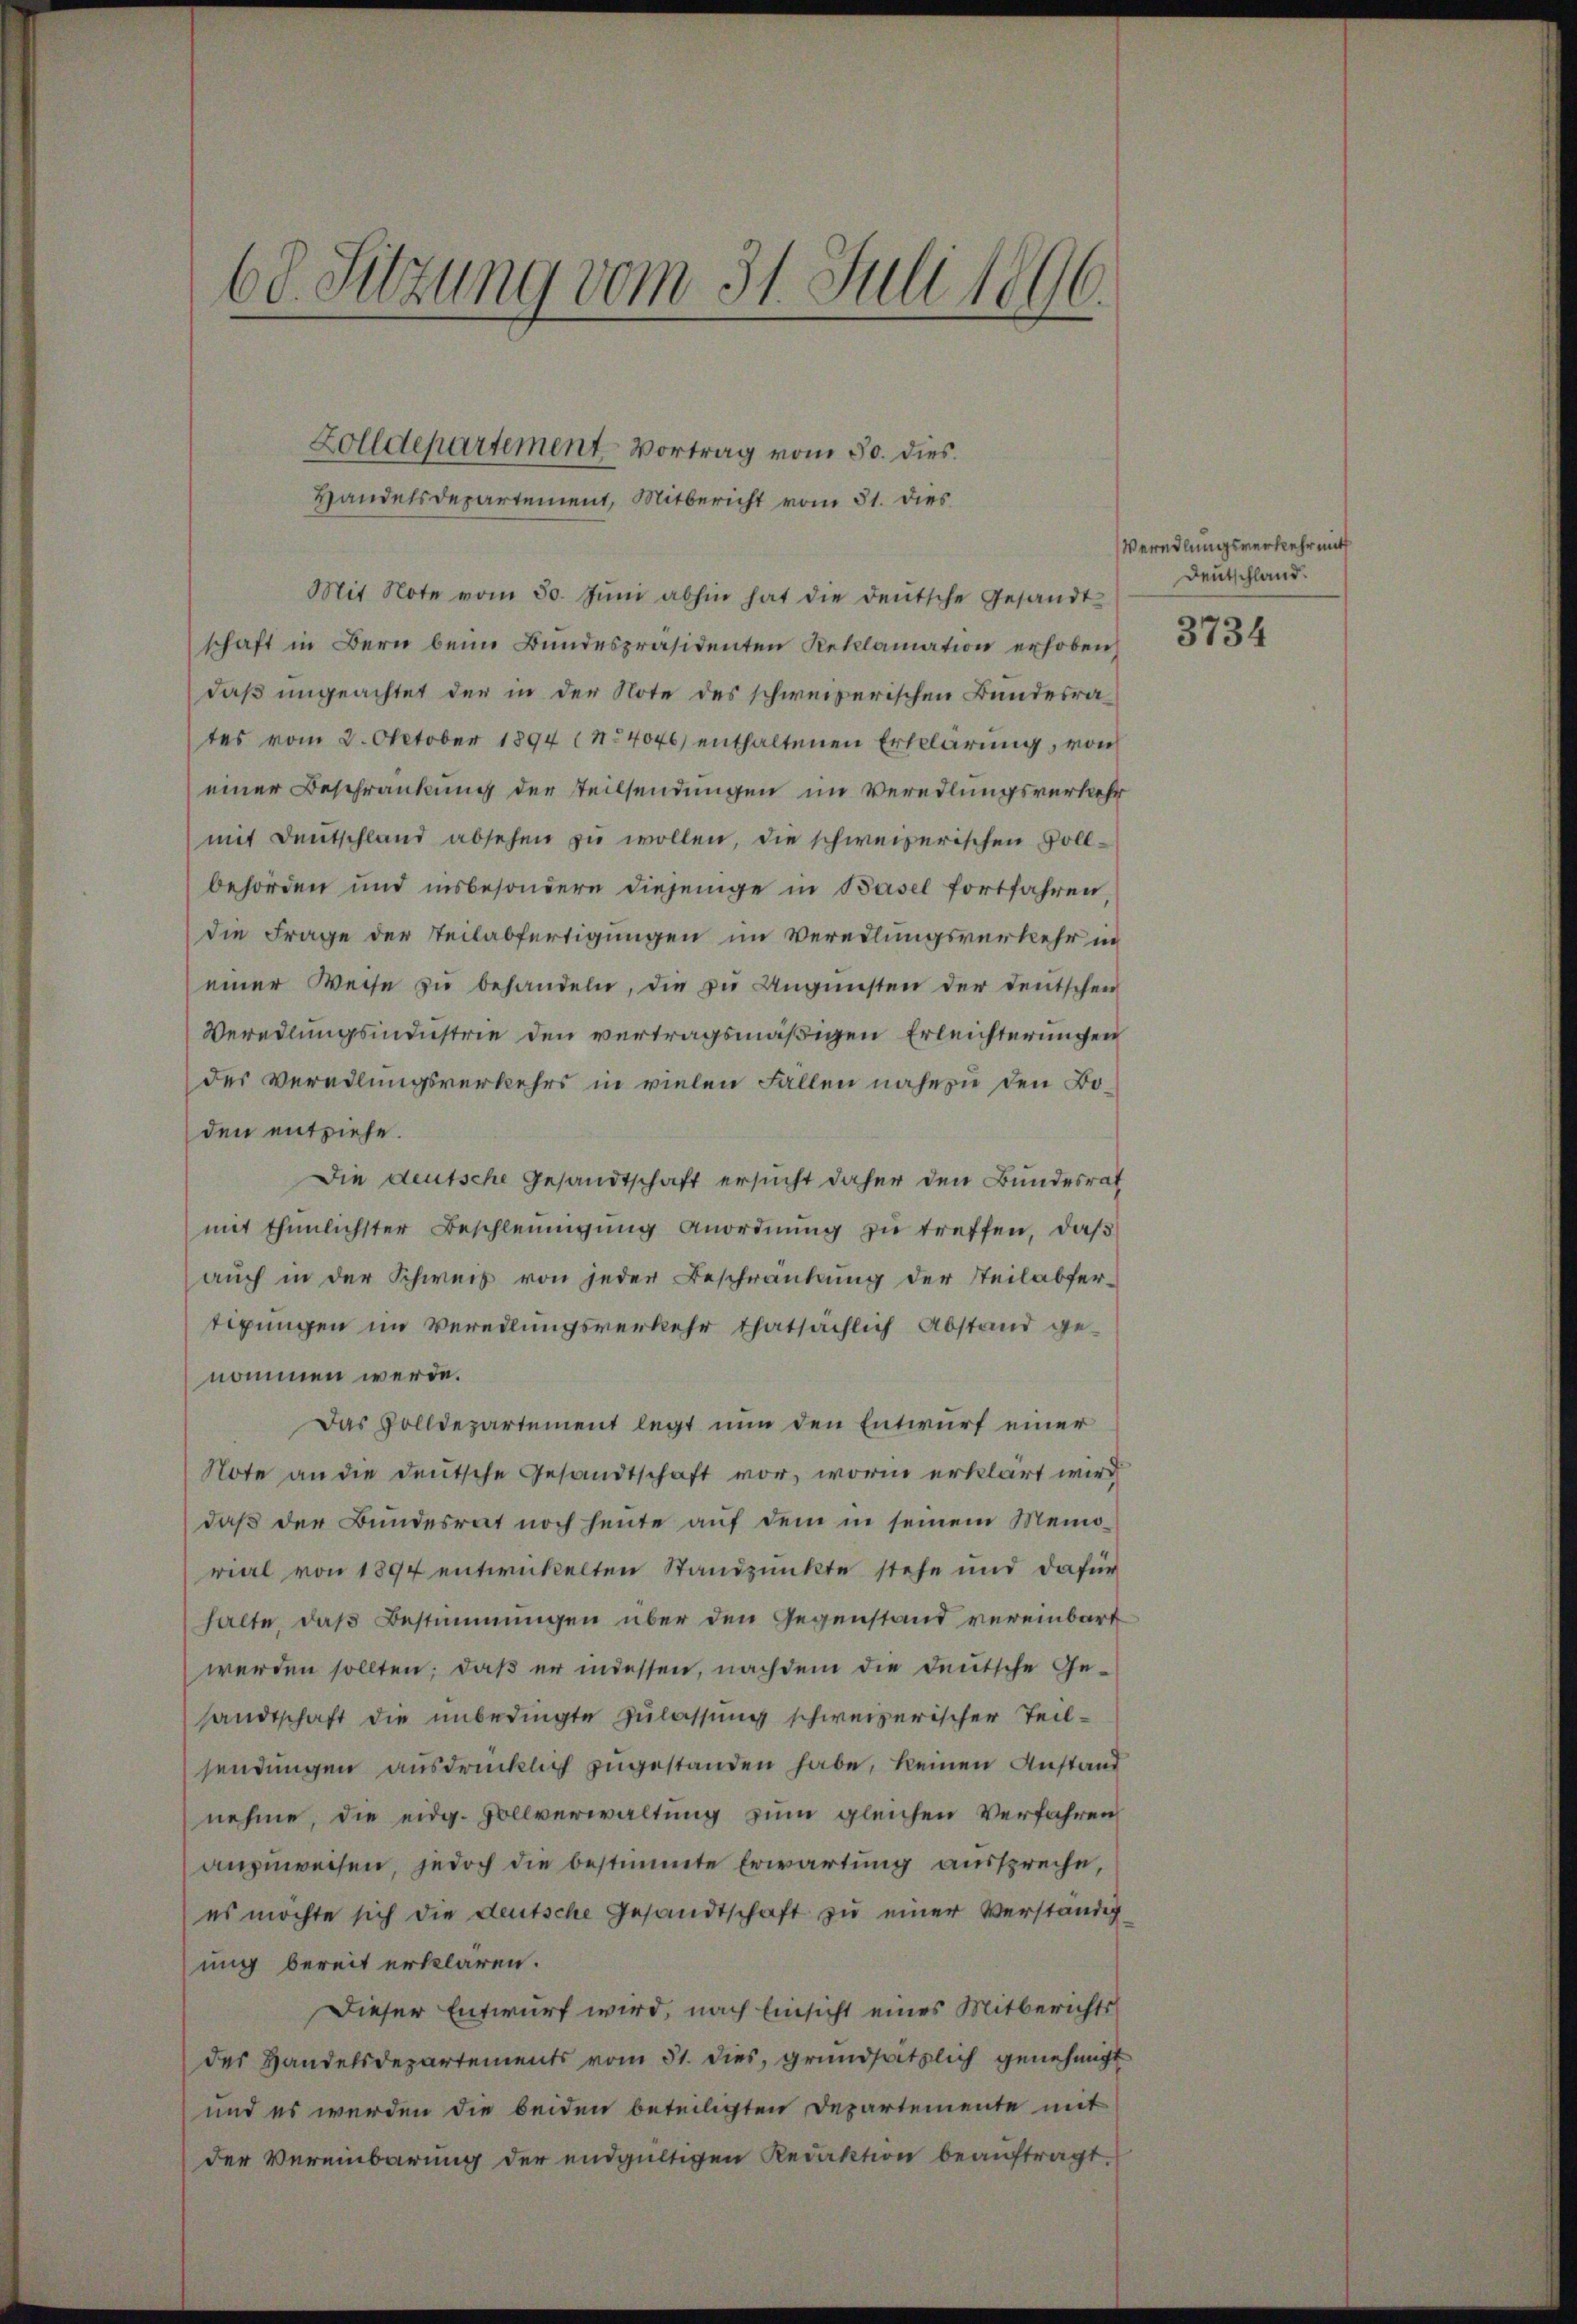
68. Sitzung vom 31. Juli 1896.

Zolldepartement Vortrag vom 30. dies
Handelsdepartement, Mitbericht vom 31. dies

Mit Note vom 30. Jŭni abhin hat die deutsche Gesandt-
schaft in Bern beim Bundespräsidenten Reklamation erhoben,
daß ungeachtet der in der Note des schweizerischen Bundesrates vom 2. Oktober 1894 (14046) enthaltenen Erklärung, von
einer Beschränkung der Teilsendungen im Veredlungsverkehr
mit Deutschland absehen zu wollen, die schweizerischen Vollbehörden und insbesondere diejenige in Basel fortfahren,
die Frage der Teilabfertigungen im Veredlungsverkehr in
einer Weise zŭ behandeln, die zŭ Ungünsten der deutschen
Veredlungsmndustrie den vertragsmäßigen Erleichterungen
des Veradlungsverkehrs in vielen Fallen nahezu den Boden entziehe.
Die deutsche Gesandtschaft ersucht daher den Bundesrath
mit thunlichster Beschleunigung Anordnung zu treffen, daß
auch in der Schweiz von jeder Beschränkung der Steilabfer-
tigungen im Veredlungsverkehr thatsächlich Abstand genommen werde.
Das Zolldepartement legt nun den Entwurf einer
Note an die deutsche Gesandtschaft vor, worin erklärt wird
daß der Bundesrat noch heute auf dem in seinem Memorial von 1894 entwickelten Standpunkte stehe und dafür
halte, daß Bestimmungen über den Gegenstand vereinbart
werden sollten; daß er messen, nachdem die deutsche Ge-
sandtschaft die unbedingte Zulassung schweizerischer Teilsendungen ausdrücklich zugestanden habe, keinen Anstand
nehme, die eidg. Vollverwaltung zum gleichen Verfahren
anzuweisen, jedoch die bestimmte Erwartung ausspreche,
es möchte sich die deutsche Gesandtschaft zu einer Verständig
ung bereit erklären.
Dieser Entwurf wird, nach Einsicht eines Mitberichtsdes Handelsdepartements vom 31. dies, grundsätzlich genehmigt
und es werden die beiden beteiligten Departemente mit
der Vereinbarung der endgültigen Redaktion beauftragt.

Werndlungsverkehr mitt
Deutschland.

3734